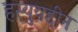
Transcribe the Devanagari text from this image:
हस्युयद्दीन